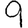
Digit: 9